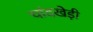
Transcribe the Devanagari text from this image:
चांदखेड़ी